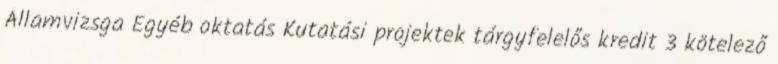
Államvizsga Egyéb oktatás Kutatási projektek tárgyfelelős kredit 3 kötelező